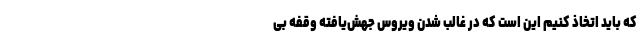
که باید اتخاذ کنیم این است که در غالب شدن ویروس جهش‌یافته وقفه بی